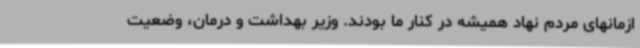
ازمانهای مردم نهاد همیشه در کنار ما بودند. وزیر بهداشت و درمان، وضعیت